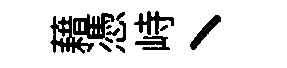
藉憑峙丶